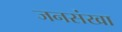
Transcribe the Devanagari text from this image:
जनसंखा